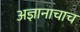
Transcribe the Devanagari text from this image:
अज्ञानाचाच